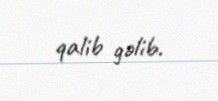
qalib gəlib.